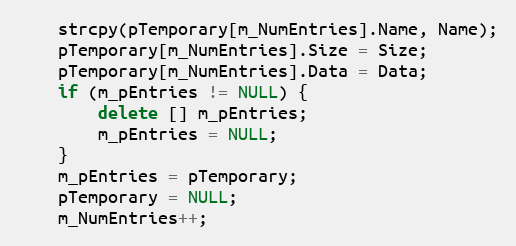
Language: C++
	strcpy(pTemporary[m_NumEntries].Name, Name);
	pTemporary[m_NumEntries].Size = Size;
	pTemporary[m_NumEntries].Data = Data;
	if (m_pEntries != NULL) {
		delete [] m_pEntries;
		m_pEntries = NULL;
	}
	m_pEntries = pTemporary;
	pTemporary = NULL;
	m_NumEntries++;